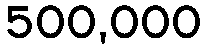
500,000